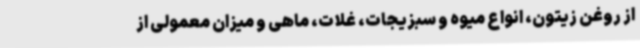
از روغن زیتون، انواع میوه و سبزیجات، غلات، ماهی و میزان معمولی از